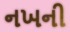
નખની